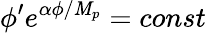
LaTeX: \phi^{\prime}e^{\alpha\phi/\mathit{M}_{p}}=const